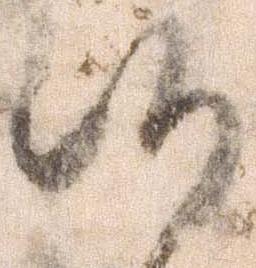
候